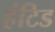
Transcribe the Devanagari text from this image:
हंटिड